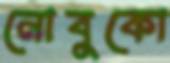
নোবুকো